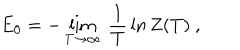
E _ { 0 } = - \lim _ { T \rightarrow \infty } \ { \frac { 1 } { T } } \ln Z ( T ) \ ,